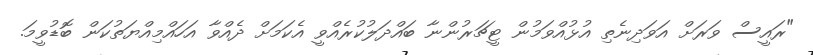
"ރައީސް ވަރަށް އަވަދިނެތި އުޅުއްވަމުން ޓީޗަރުންނާ ބައްދަލުކުރެއްވީ އެކަމަށް ދެއްވާ އަހައްމިއްޔަތުކަން ބޮޑުވީމަ.